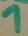
Text: 1